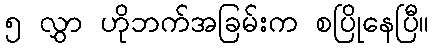
၅ လွှာ ဟိုဘက်အခြမ်းက စပြိုနေပြီ။